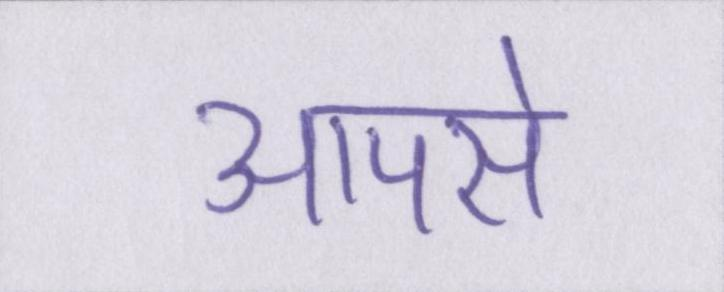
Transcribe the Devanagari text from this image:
आपसे